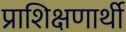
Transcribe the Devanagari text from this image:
प्राशिक्षणार्थी